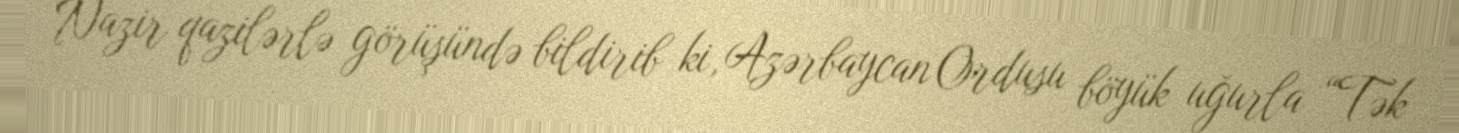
Nazir qazilərlə görüşündə bildirib ki, Azərbaycan Ordusu böyük uğurla “Tək